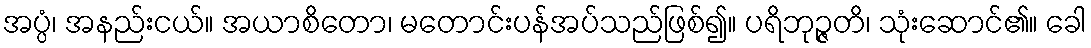
အပ္ပံ၊ အနည်းငယ်။ အယာစိတော၊ မတောင်းပန်အပ်သည်ဖြစ်၍။ ပရိဘုဉ္ဇတိ၊ သုံးဆောင်၏။ ခေါ